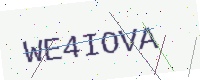
Text: WE4IOVA